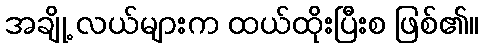
အချို့ လယ်များက ထယ်ထိုးပြီးစ ဖြစ်၏။